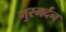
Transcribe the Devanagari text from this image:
मुरमर्दन